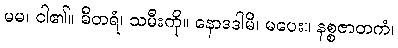
မမ၊ ငါ၏။ ဓီတရံ၊ သမီးကို။ နောဒဒါမိ၊ မပေး။ နစ္စဇာတကံ၊